Vaccination in the Punjab 1883-1896 - 1883-1896
Year: 1883
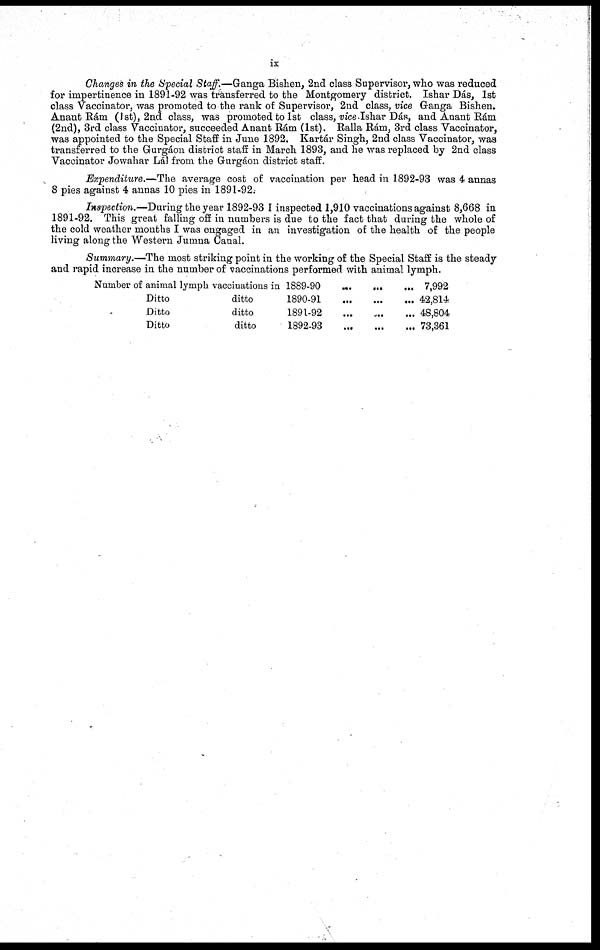
ix
Changes in the Special Staff.—Ganga Bishen, 2nd class Supervisor, who was reduced
for impertinence in 1891-92 was transferred to the Montgomery district. Ishar Dás, 1st
class Vaccinator, was promoted to the rank of Supervisor, 2nd class, vice Ganga Bishen.
Anant Rám (1st), 2nd class, was promoted to 1st class, vice. Ishar Dás, and Anant Rám
(2nd), 3rd class Vaccinator, succeeded Anant Rám (1st). Ralla Rám, 3rd class Vaccinator,
was appointed to the Special Staff in June 1892. Kartár Singh, 2nd class Vaccinator, was
transferred to the Gurgáon district staff in March 1893, and he was replaced by 2nd class
Vaccinator Jowahar Lál from the Gurgáon district staff.
Expenditure.—The average cost of vaccination per head in 1892-93 was 4 annas
8 pies against 4 annas 10 pies in 1891-92.
Inspection.—During the year 1892-93 I inspected 1,910 vaccinations against 8,668 in
1891-92. This great falling off in numbers is due to the fact that during the whole of
the cold weather months I was engaged in an investigation of the health of the people
living along the Western Jumna Canal.
Summary.—The most striking point in the working of the Special Staff is the steady
and rapid increase in the number of vaccinations performed with animal lymph.
Number of animal lymph vaccinations in
Ditto
ditto
Ditto
ditto
Ditto
ditto
1889-90
1890-91
1891-92
1892-93
...
...
...
...
...
...
...
...
...
...
...
...
7,992
42,814
48,804
73,361